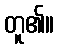
တူ၏။